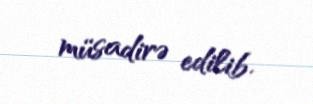
müsadirə edilib.